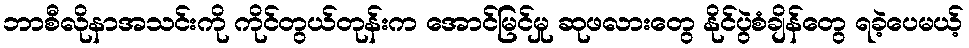
ဘာစီလိုနာအသင်းကို ကိုင်တွယ်တုန်းက အောင်မြင်မှု ဆုဖလားတွေ နိုင်ပွဲစံချိန်တွေ ရခဲ့ပေမယ့်